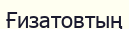
Ғизатовтың